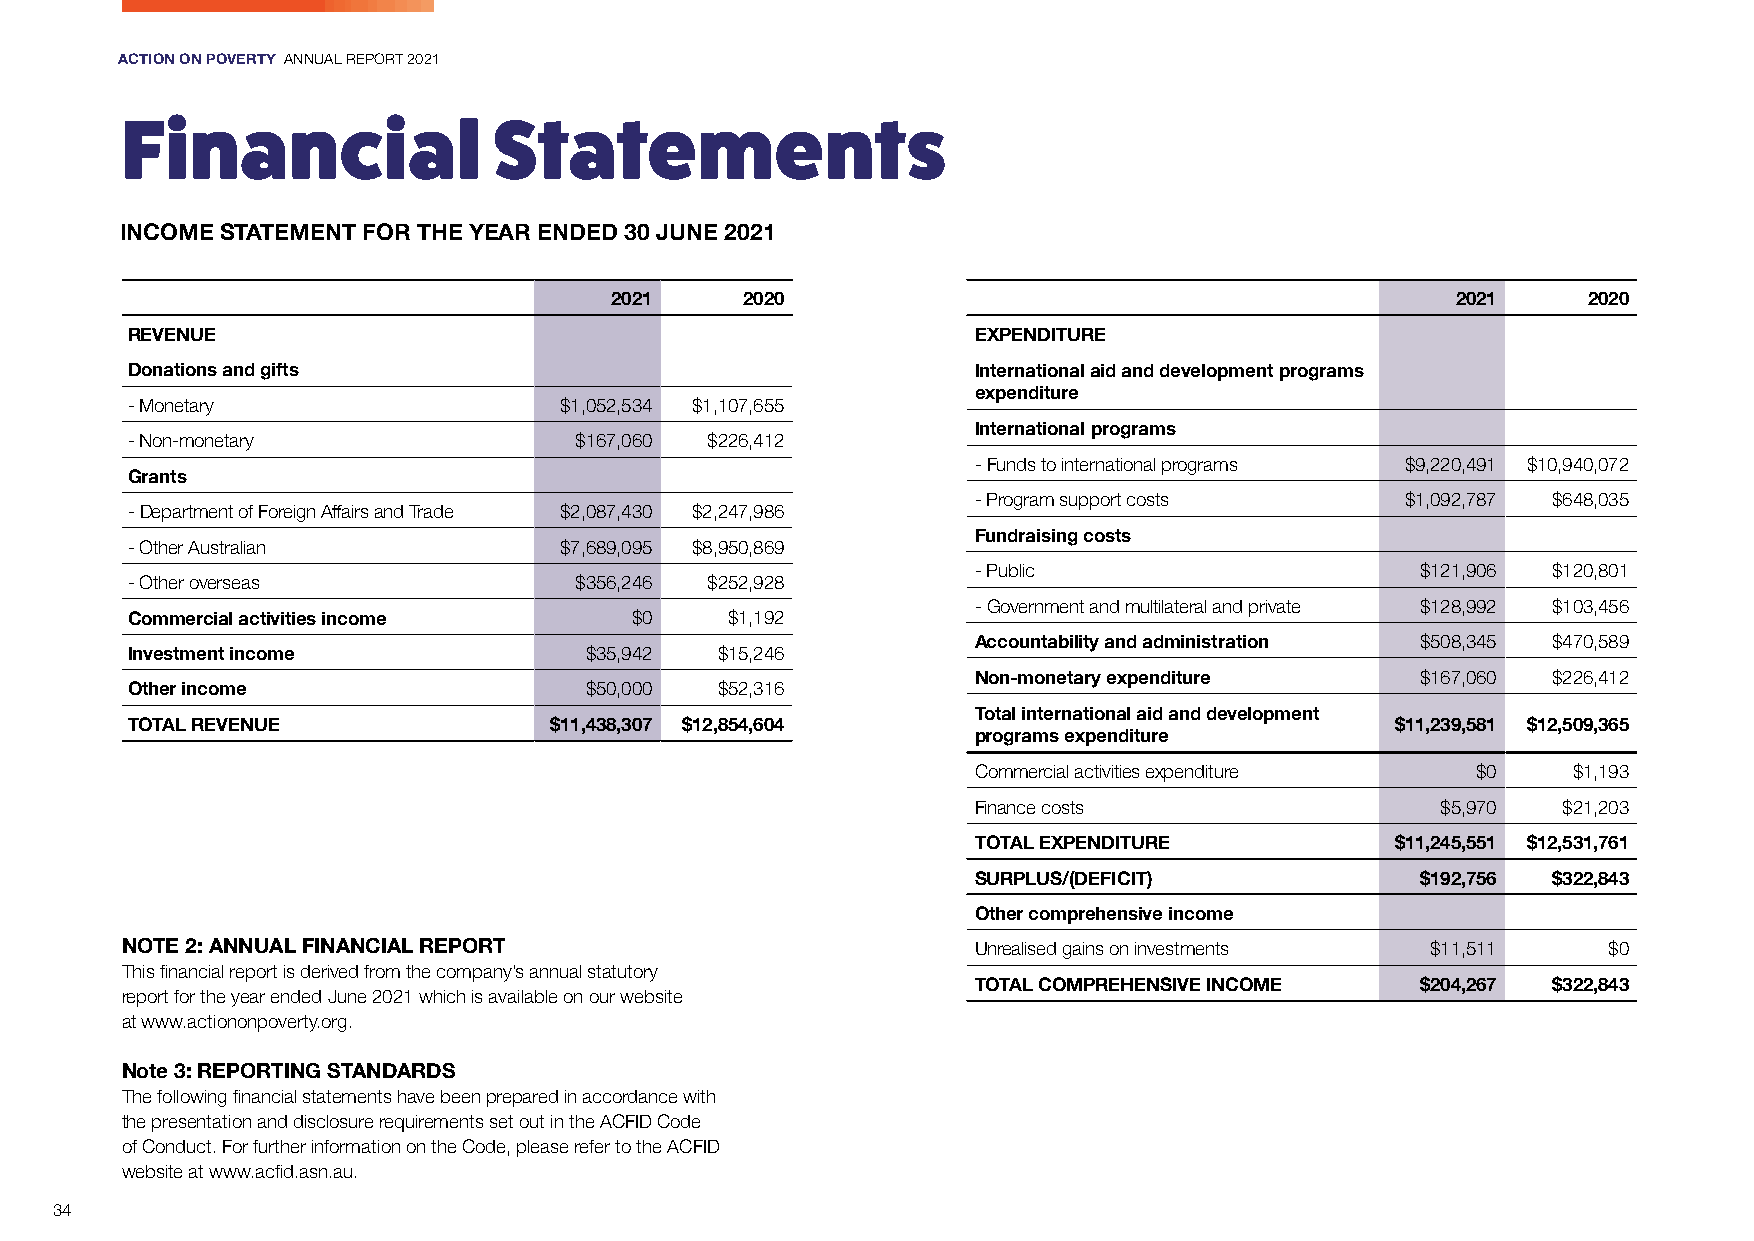
ACTION ON POVERTY ANNUAL REPORT 2021
 Financial                Statements
 INCOME STATEMENT FOR THE YEAR ENDED 30 JUNE 2021
 2021     2020                                           2021     2020
 REVENUE                                                  EXPENDITURE
 Donations and gifts                                      International aid and development programs
 expenditure
 - Monetary                   $1,052,534 $1,107,655
 International programs
 - Non-monetary                $167,060 $226,412
 - F unds to international programs $9,220,491 $10,940,072
 Grants
 - Program support costs     $1,092,787 $648,035
 - D epartment of Foreign Affairs and Trade $2,087,430 $2,247,986
 Fundraising costs
 - Other Australian           $7,689,095 $8,950,869
 - Public                     $121,906 $120,801
 - Other overseas              $356,246 $252,928
 - G overnment and multilateral and private $128,992 $103,456
 Commercial activities income      $0    $1,192
 Accountability and administration $508,345 $470,589
 Investment income              $35,942  $15,246
 Non-monetary expenditure     $167,060 $226,412
 Other income                   $50,000  $52,316
 Total international aid and development
 TOTAL REVENUE               $11,438,307 $12,854,604                                 $11,239,581 $12,509,365
 programs expenditure
 Commercial activities expenditure $0   $1,193
 Finance costs                 $5,970  $21,203
 TOTAL EXPENDITURE          $11,245,551 $12,531,761
 SURPLUS/(DEFICIT)            $192,756 $322,843
 Other comprehensive income
 NOTE 2: ANNUAL FINANCIAL REPORT                          Unrealised gains on investments $11,511  $0
 This financial report is derived from the company’s annual statutory
 TOTAL COMPREHENSIVE INCOME   $204,267 $322,843
 report for the year ended June 2021 which is available on our website
 at www.actiononpoverty.org.
 Note 3: REPORTING STANDARDS
 The following financial statements have been prepared in accordance with
 the presentation and disclosure requirements set out in the ACFID Code
 of Conduct. For further information on the Code, please refer to the ACFID
 website at www.acfid.asn.au.
 34